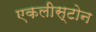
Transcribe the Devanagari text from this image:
एकलीस्टोन